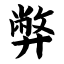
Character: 弊